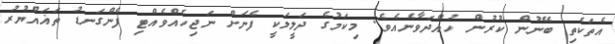
އެތަކެތި ބޭނުން ކުރުން ހުއްދަވާނެއެވެ. މިކަމުގެ ދަލީލަކީ ފެނަށް ނަޖިހެއްވެއްޓި ފެންގަނޑު ތަޣައްޔުރު